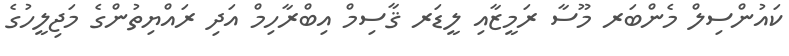
ކައުންސިލް މެންބަރ މޫސާ ރަމީޒާއި ލީޑަރ ޤާސިމް އިބްރާހިމް އަދި ރައްޔިތުންގެ މަޖިލީހުގެ